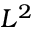
L ^ { 2 }